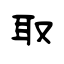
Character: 取